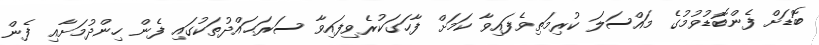
ބޮޑަށް ފެންބޮޑުވުމުގެ މައްސަލަ ކުރިމަތިވެފައިވާ ކަމަށް ފާހަގަކުރެވިފައިވާ ސަރަޙައްދުތަކުގައި ފެން ހިންދުމަށާއި ފެން